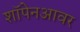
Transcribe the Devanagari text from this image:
शॉपेनआवर